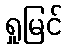
ရှုမြင်